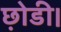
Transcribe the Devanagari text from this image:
छ़ोडी।